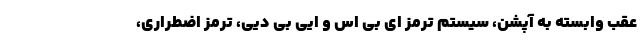
عقب وابسته به آپشن، سیستم ترمز ای بی اس و ایی بی دیی، ترمز اضطراری،